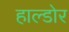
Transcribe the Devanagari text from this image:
हाल्डोर